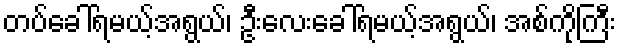
တပ်ခေါ်ရမယ့်အရွယ်၊ ဦးလေးခေါ်ရမယ့်အရွယ်၊ အစ်ကိုကြီး